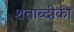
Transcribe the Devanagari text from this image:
शताब्दीकी